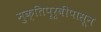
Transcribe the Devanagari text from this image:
मुक्तिपूर्वीपासून